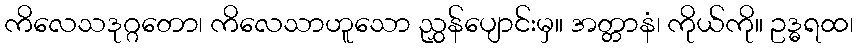
ကိလေသဒုဂ္ဂတော၊ ကိလေသာဟူသော ညွှန်ပျောင်းမှ။ အတ္တာနံ၊ ကိုယ်ကို။ ဥဒ္ဓရထ၊